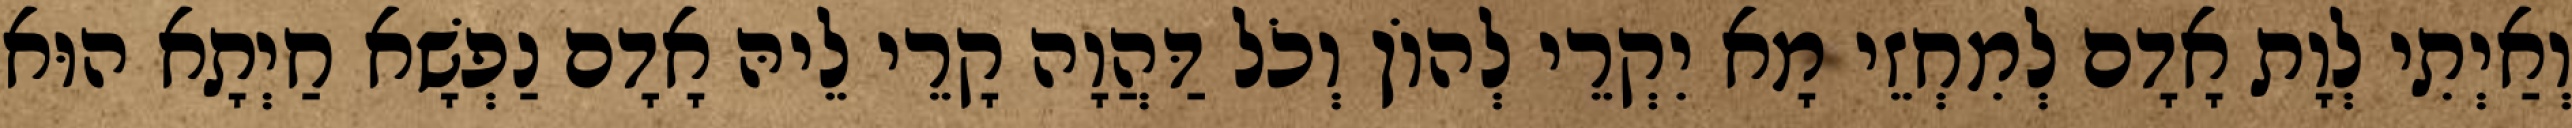
וְאַיְתִי לְוָת אָדָם לְמִחְזֵי מָא יִקְרֵי לְהוֹן וְכֹל דַּהֲוָה קָרֵי לֵיהּ אָדָם נַפְשָׁא חַיְתָא הוּא